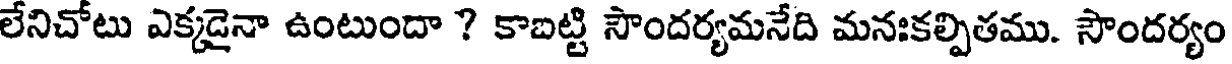
లేనిచోటు ఎక్కడైనా ఉంటుందా ? కాబట్టి సౌందర్యమనేది మనఃకల్పితము. సౌందర్యం